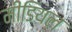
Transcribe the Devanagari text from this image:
मीडियल